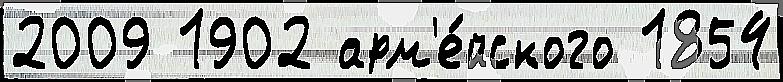
2009 1902 арм'е́йского 1854